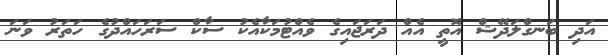
އަދި ބަނގްލަދޭޝް އޮތީ އެއް ދަރަޖައިގެ ވެއްޓުމަކާއެކު ސާކް ސަރަހައްދުގެ ހަތަރު ވަނަ